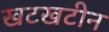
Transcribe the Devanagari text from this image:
खटखटीन